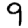
Digit: 9